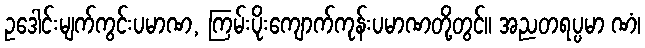
ဥဒေါင်းမျက်ကွင်းပမာဏ, ကြမ်းပိုးကျောက်ကုန်းပမာဏတို့တွင်။ အညတရပ္ပမာ ဏံ၊